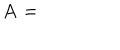
\mathbf { A } =